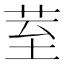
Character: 荎